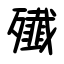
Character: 殱